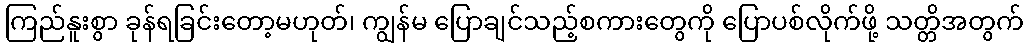
ကြည်နူးစွာ ခုန်ရခြင်းတော့မဟုတ်၊ ကျွန်မ ပြောချင်သည့်စကားတွေကို ပြောပစ်လိုက်ဖို့ သတ္တိအတွက်